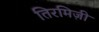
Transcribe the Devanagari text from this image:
तिरमिज़ी